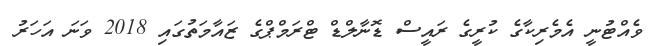
ވެއްޓުނީ އެމެރިކާގެ ކުރީގެ ރައީސް ޑޮނާލްޑް ޓްރަމްޕްގެ ޒައާމަތުގައި 2018 ވަނަ އަހަރު